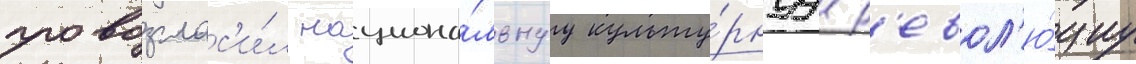
провозглас'и́л национа́льнуу культу́рнуу р'евол'ю́циу